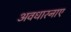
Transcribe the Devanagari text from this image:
अवधारनाए